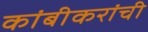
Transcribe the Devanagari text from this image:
कांबीकरांची